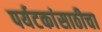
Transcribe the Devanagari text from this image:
पर्यटकांसाठीचा